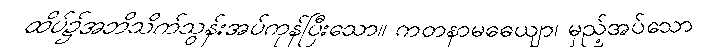
ထိပ်၌အဘိသိက်သွန်းအပ်ကုန်ပြီးသော။ ကတနာမဓေယျာ၊ မှည့်အပ်သော